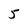
Character: 5